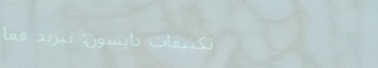
تكييفات دايسون: تبريد فعا